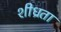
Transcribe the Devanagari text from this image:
शीध्रता